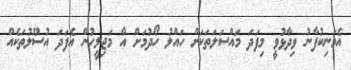
އެމަނިކުފާނު ވިދާޅުވީ މިފަދަ މައްސަލަތަކަށް ހައްލު ހޯދުމަށް އާ މަޖިލީހުން އެފަދަ އުސޫލުތަކެއް